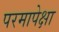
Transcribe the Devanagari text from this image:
परमापेक्षा